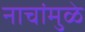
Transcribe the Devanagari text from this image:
नाचांमुळे